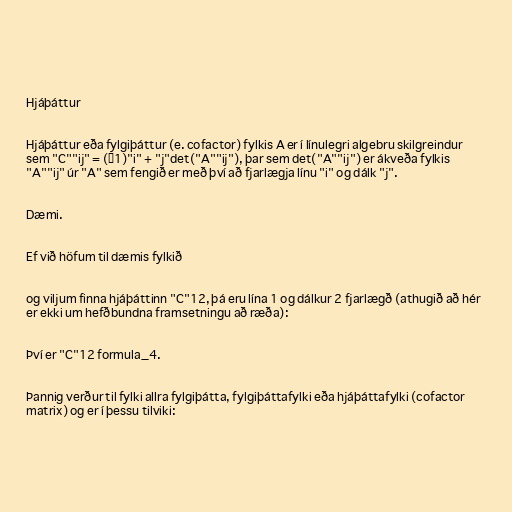
Hjáþáttur

Hjáþáttur eða fylgiþáttur (e. cofactor) fylkis A er í línulegri algebru skilgreindur
sem "C""ij" = (−1)"i" + "j"det("A""ij"), þar sem det("A""ij") er ákveða fylkis
"A""ij" úr "A" sem fengið er með því að fjarlægja línu "i" og dálk "j".

Dæmi.

Ef við höfum til dæmis fylkið

og viljum finna hjáþáttinn "C"12, þá eru lína 1 og dálkur 2 fjarlægð (athugið að hér
er ekki um hefðbundna framsetningu að ræða):

Því er "C"12 formula_4.

Þannig verður til fylki allra fylgiþátta, fylgiþáttafylki eða hjáþáttafylki (cofactor
matrix) og er í þessu tilviki: